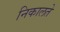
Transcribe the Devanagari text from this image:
निकालते